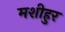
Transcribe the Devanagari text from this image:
मशीहुर